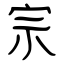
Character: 宗